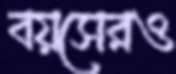
বয়সেরও